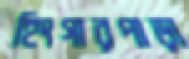
হিংগারপাড়া